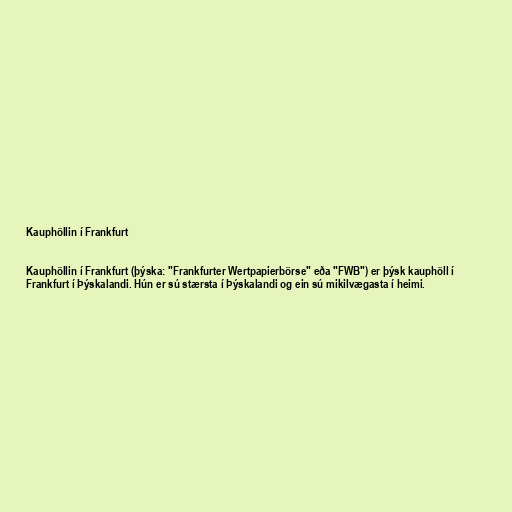
Kauphöllin í Frankfurt

Kauphöllin í Frankfurt (þýska: "Frankfurter Wertpapierbörse" eða "FWB") er þýsk kauphöll í
Frankfurt í Þýskalandi. Hún er sú stærsta í Þýskalandi og ein sú mikilvægasta í heimi.